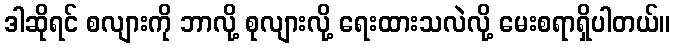
ဒါဆိုရင် စလျားကို ဘာလို့ စုလျားလို့ ရေးထားသလဲလို့ မေးစရာရှိပါတယ်။